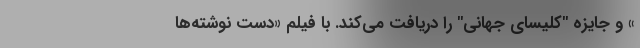
» و جایزه "کلیسای جهانی" را دریافت می‌کند. با فیلم «دست نوشته‌ها